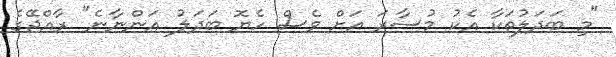
"މި ބަދަލުތަކާ އެކު މުސާރަ އަށް ވެސް ހެޔޮ ބަދަލު އަންނާނެ" ރާއްޖޭގެ